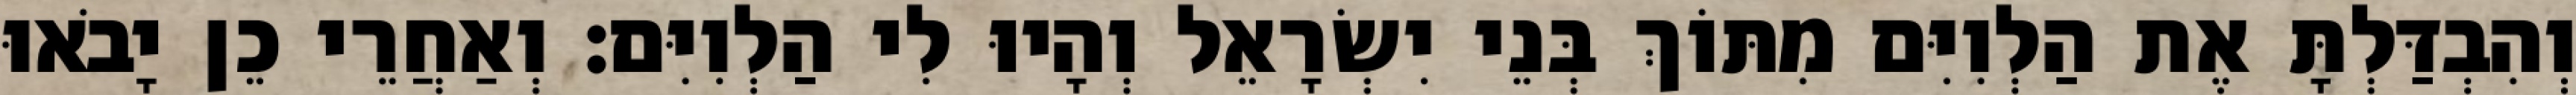
וְהִבְדַּלְתָּ אֶת הַלְוִיִּם מִתּוֹךְ בְּנֵי יִשְׂרָאֵל וְהָיוּ לִי הַלְוִיִּם׃ וְאַחֲרֵי כֵן יָבֹאוּ